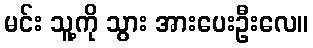
မင်း သူ့ကို သွား အားပေးဦးလေ။